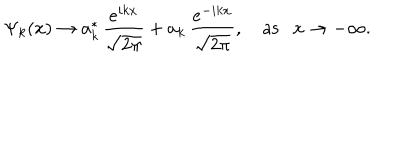
LaTeX: \Psi _ { k } ( x ) \rightarrow a _ { k } ^ { * } \, \frac { e ^ { i k x } } { \sqrt { 2 \pi } } + a _ { k } \, \frac { e ^ { - i k x } } { \sqrt { 2 \pi } } , ~ \mathrm { a s } x \rightarrow - \infty .